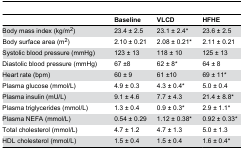
<table><thead><tr><td></td><td><b>Baseline</b></td><td><b>VLCD</b></td><td><b>HFHE</b></td></tr></thead><tbody><tr><td>Body mass index (kg/m<sup>2</sup>)</td><td>23.4 ± 2.5</td><td>23.1 ± 2.4*</td><td>23.6 ± 2.5</td></tr><tr><td>Body surface area (m<sup>2</sup>)</td><td>2.10 ± 0.21</td><td>2.08 ± 0.21*</td><td>2.11 ± 0.21</td></tr><tr><td>Systolic blood pressure (mmHg)</td><td>123 ± 13</td><td>118 ± 10</td><td>125 ± 13</td></tr><tr><td>Diastolic blood pressure (mmHg)</td><td>67 ±8</td><td>62 ± 8*</td><td>64 ± 8</td></tr><tr><td>Heart rate (bpm)</td><td>60 ± 9</td><td>61 ±10</td><td>69 ± 11*</td></tr><tr><td>Plasma glucose (mmol/L)</td><td>4.9 ± 0.3</td><td>4.3 ± 0.4*</td><td>5.0 ± 0.4</td></tr><tr><td>Plasma insulin (mU/L)</td><td>9.1 ± 4.6</td><td>7.7 ± 4.3</td><td>21.4 ± 8.8*</td></tr><tr><td>Plasma triglycerides (mmol/L)</td><td>1.3 ± 0.4</td><td>0.9 ± 0.3*</td><td>2.9 ± 1.1*</td></tr><tr><td>Plasma NEFA (mmol/L)</td><td>0.54 ± 0.29</td><td>1.12 ± 0.38*</td><td>0.92 ± 0.33*</td></tr><tr><td>Total cholesterol (mmol/L)</td><td>4.7 ± 1.2</td><td>4.7 ± 1.3</td><td>5.0 ± 1.3</td></tr><tr><td>HDL cholesterol (mmol/L)</td><td>1.5 ± 0.4</td><td>1.5 ± 0.4</td><td>1.6 ± 0.4*</td></tr></tbody></table>